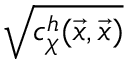
\sqrt { c _ { \chi } ^ { h } ( \vec { x } , \vec { x } ) }